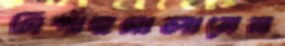
সিপাহসালারের